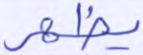
يظهر